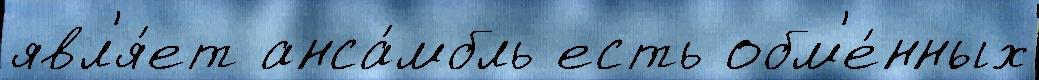
явл'я́ет анса́мбль есть обм'е́нных